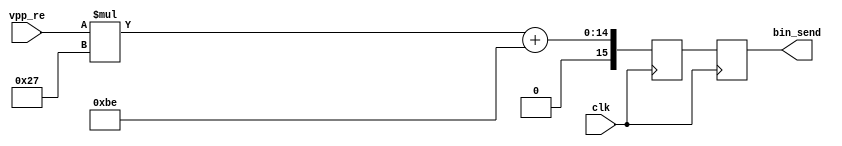

module convert(clk,vpp_re,bin_send);
	 input clk;
	 input [7:0] vpp_re;
 			 
	 output [15:0] bin_send;
	 reg [15:0] bin_send;
	 reg [15:0]  vp;
always @(posedge clk)
begin
	
	vp <= vpp_re *39+ 8'd190;
	bin_send <= vp;

 
end

	 
endmodule